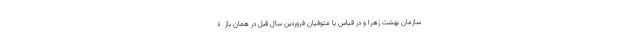
سازمان بهشت زهرا و در قیاس با متوفیان فروردین سال قبل در همان بازۀ